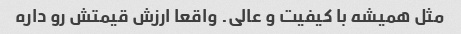
مثل همیشه با کیفیت و عالی. واقعا ارزش قیمتش رو داره